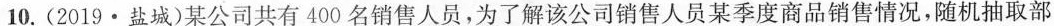
10. (2019 · 盐城)某公司共有 400 名销售人员，为了解该公司销售人员某季度商品销售情况，随机抽取部